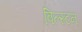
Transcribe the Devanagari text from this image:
बिल्स्टन